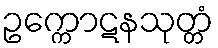
ဥက္ကောဋနသုတ္တံ